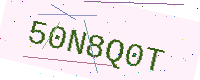
Text: 50N8Q0T